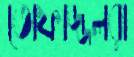
তোফাজ্জলরা